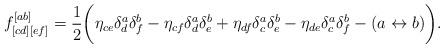
LaTeX: \begin{align*}f^{[ab]}_{[cd][ef]} = {1 \over 2} \bigg( \eta_{ce} \delta^a_d\delta^b_f - \eta_{cf} \delta^a_d\delta^b_e + \eta_{df} \delta^a_c\delta^b_e - \eta_{de} \delta^a_c\delta^b_f - (a \leftrightarrow b) \bigg).\end{align*}